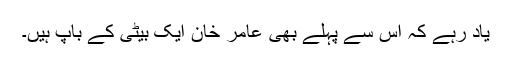
یاد رہے کہ اس سے پہلے بھی عامر خان ایک بیٹی کے باپ ہیں۔